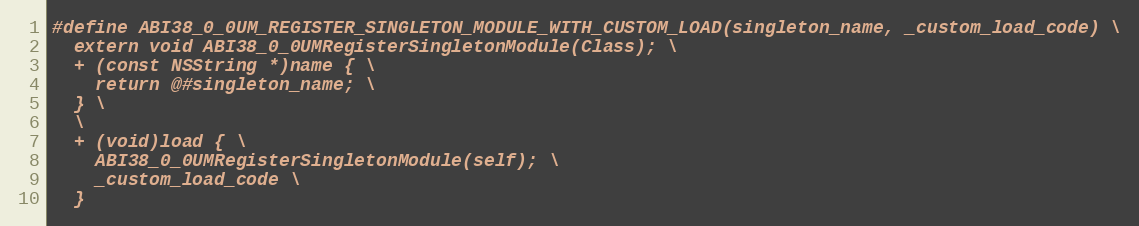
Language: C
#define ABI38_0_0UM_REGISTER_SINGLETON_MODULE_WITH_CUSTOM_LOAD(singleton_name, _custom_load_code) \
  extern void ABI38_0_0UMRegisterSingletonModule(Class); \
  + (const NSString *)name { \
    return @#singleton_name; \
  } \
  \
  + (void)load { \
    ABI38_0_0UMRegisterSingletonModule(self); \
    _custom_load_code \
  }